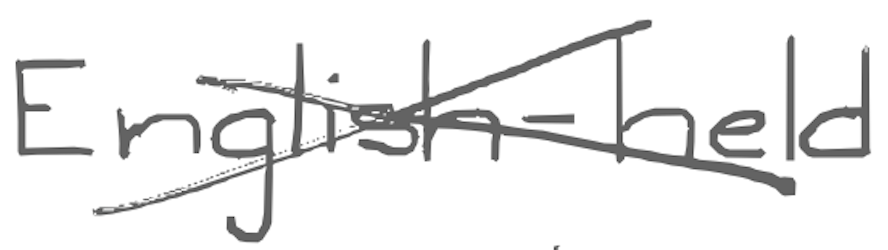
Text: English-held
Cross-out: cross
Writing tool: digital_gray